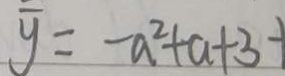
\overline { y } = - a ^ { 2 } + a + 3 +